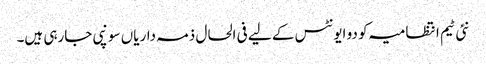
نئی ٹیم انتظامیہ کو دو ایونٹس کے لیے فی الحال ذمہ داریاں سونپی جارہی ہیں۔